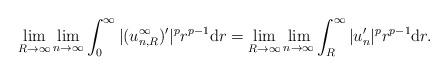
LaTeX: \begin{align*}\lim_{R\to\infty}\lim_{n\to\infty}\int_0^\infty|(u_{n,R}^\infty)'|^pr^{p-1}\mathrm dr=\lim_{R\to\infty}\lim_{n\to\infty}\int_R^\infty|u_n'|^pr^{p-1}\mathrm dr.\end{align*}